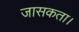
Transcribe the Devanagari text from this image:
जासकता।